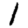
Digit: 1